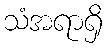
သံအရာရှိ